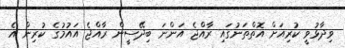
ވިދާޅުވީ ކުރިއަށް އޮތްތަނުގައި ރާއްޖެ އަންނަ ބިދޭސީން ރާއްޖެ އައުމުގެ ކުރިން އެ